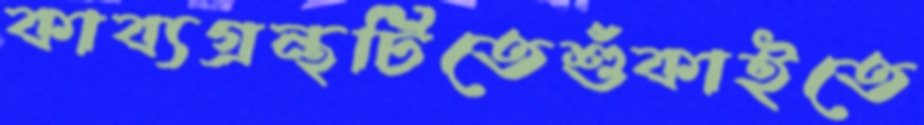
কাব্যগ্রন্থটিতেশুঁকাইতে